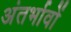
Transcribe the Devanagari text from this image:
अंतर्भावों